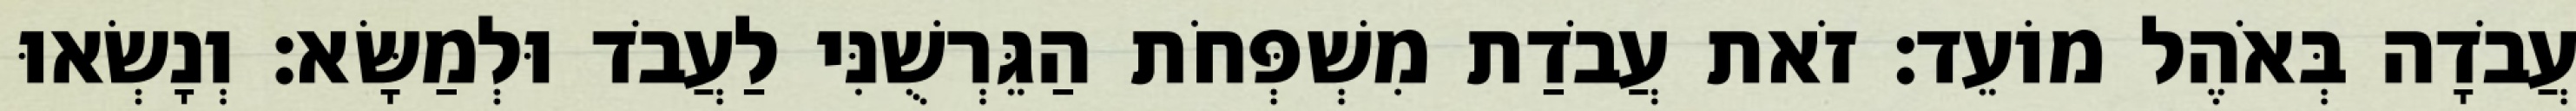
עֲבֹדָה בְּאֹהֶל מוֹעֵד׃ זֹאת עֲבֹדַת מִשְׁפְּחֹת הַגֵּרְשֻׁנִּי לַעֲבֹד וּלְמַשָּׂא׃ וְנָשְׂאוּ